Vaccination in the Punjab 1867-1880 - 1867-1880
Year: 1867
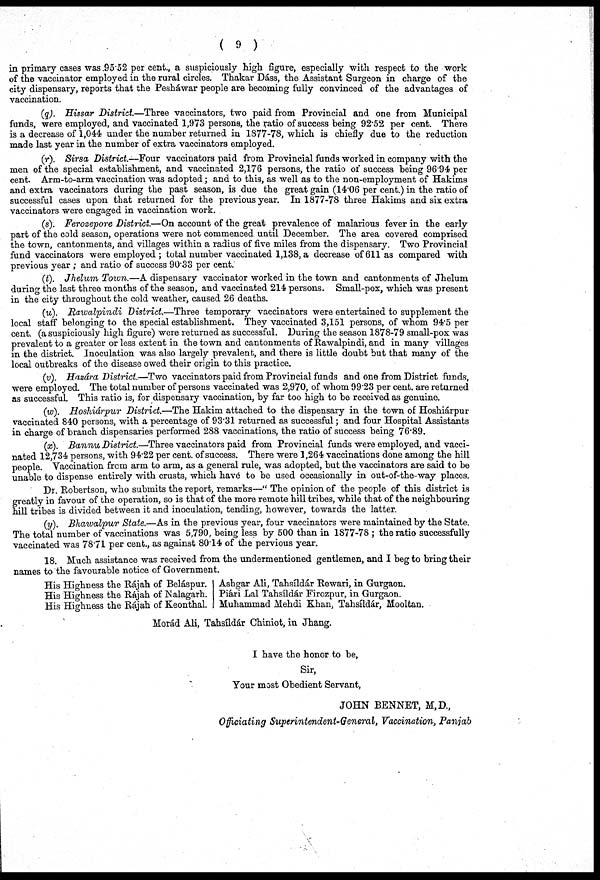
( 9 )
in primary cases was 95.52 per cent., a suspiciously high figure, especially with respect to the work
of the vaccinator employed in the rural circles. Thakar Dáss, the Assistant Surgeon in charge of the
city dispensary, reports that the Pesháwar people are becoming fully convinced of the advantages of
vaccination.
(q). Hissar District.—Three vaccinators, two paid from Provincial and one from Municipal
funds, were employed, and vaccinated 1,973 persons, the ratio of success being 92.52 per cent. There
is a decrease of 1,044 under the number returned in 1877-78, which is chiefly due to the reduction
made last year in the number of extra vaccinators employed.
(r). Sirsa District—Four
vaccinators paid from Provincial funds worked in company with the
men of the special establishment, and vaccinated 2,176 persons, the ratio of success being 96.94 per
cent. Arm-to-arm vaccination was adopted; and to this, as well as to the non-employment of Hakims
and extra vaccinators during the past season, is due the great gain (14.06 per cent.) in the ratio of
successful cases upon that returned for the previous year. In 1877-78 three Hakims and six extra
vaccinators were engaged in vaccination work.
(s). Ferozepore District.—On account of the great prevalence of malarious fever in the early
part of the cold season, operations were not commenced until December. The area covered comprised
the town, cantonments, and villages within a radius of five miles from the dispensary. Two Provincial
fund vaccinators were employed; total number vaccinated 1,138, a decrease of 611 as compared with
previous year ; and ratio of success 90.33 per cent.
(t). Jhelum Town.—A dispensary vaccinator worked in the town and cantonments of Jhelum
during the last three months of the season, and vaccinated 214 persons. Small-pox, which was present
in the city throughout the cold weather, caused 26 deaths.
(u). Rawalpindi
District.—Three temporary vaccinators were entertained to supplement the
local staff belonging to the special establishment. They vaccinated 3,151 persons, of whom 94.5 per
cent. (a suspiciously high figure) were returned as successful. During the season 1878-79 small-pox was
prevalent to a greater or less extent in the town and cantonments of Rawalpindi, and in many villages
in the district. Inoculation was also largely prevalent, and there is little doubt but that many of the
local outbreaks of the disease owed their origin to this practice.
(v). Hazárd District.—Two vaccinators paid from Provincial funds and one from District funds,
were employed. The total number of persons vaccinated was 2,970, of whom 99.23 per cent. are returned
as successful. This ratio is, for dispensary vaccination, by far too high to be received as genuine.
(w). Hoshiárpur District.—The Hakim attached to the dispensary in the town of Hoshiárpur
vaccinated 840 persons, with a percentage of 93.31 returned as successful; and four Hospital Assistants
in charge of branch dispensaries performed 288 vaccinations, the ratio of success being 76.89.
(x). Bannu District.—Three vaccinators paid from Provincial funds were employed, and vacci-
nated 12,734 persons, with 94.22 per cent. of success. There were 1,264 vaccinations done among the hill
people. Vaccination from arm to arm, as a general rule, was adopted, but the vaccinators are said to be
unable to dispense entirely with crusts, which have to be used occasionally in out-of-the-way places.
Dr. Robertson, who submits the report, remarks—" The opinion of the people of this district is
greatly in favour of the operation, so is that of the more remote hill tribes, while that of the neighbouring
hill tribes is divided between it and inoculation, tending, however, towards the latter.
(y). Bhawalpur State.—As in the previous year, four vaccinators were maintained by the State.
The total number of vaccinations was 5,790, being less by 500 than in 1877-78 ; the ratio successfully
vaccinated was 78.71 per cent., as against 80.14 of the pervious year.
18. Much assistance was received from the undermentioned gentlemen, and I beg to bring their
names to the favourable notice of Government.
His Highness the Rájah of Beláspur.
His Highness the Rájah of Nalagarh.
His Highness the Rájah of Keonthal.
Ashgar Ali, Tahsíldár Rewari, in Gurgaon.
Piári Lal Tahsíldár Firozpur, in Gurgaon.
Muhammad Mehdi Khan, Tahsíldár, Mooltan.
Morád Ali, Tahsíldár Chiniot, in Jhang.
I have the honor to be,
Sir,
Your most Obedient Servant,
JOHN BENNET, M,D.,
Officiating Superintendents-General, Vaccination, Punjab